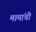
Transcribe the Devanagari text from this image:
मामांची